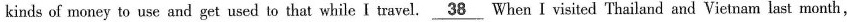
kinds of money to use and get used to that while I travel.\underline{38} When I visited Thailand and Vietnam last month,